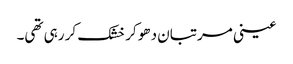
عینی مرتبان دھو کر خشک کر رہی تھی۔